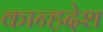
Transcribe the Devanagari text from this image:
कान्हदेश